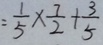
= \frac { 1 } { 5 } \times \frac { 7 } { 2 } + \frac { 3 } { 5 }